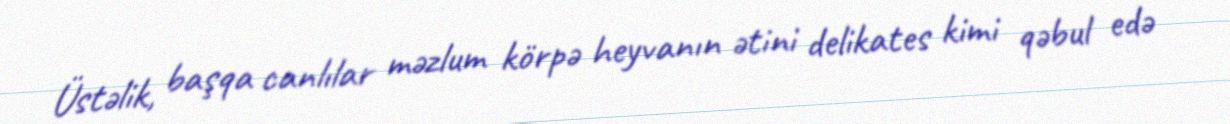
Üstəlik, başqa canlılar məzlum körpə heyvanın ətini delikates kimi qəbul edə